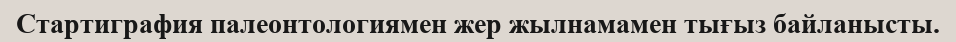
Стартиграфия палеонтологиямен жер жылнамамен тығыз байланысты.